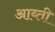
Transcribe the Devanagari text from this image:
आब्ती